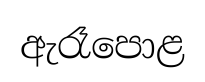
ඇරෑපොළ